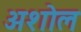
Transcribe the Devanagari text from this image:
अशोल